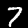
Digit: 7